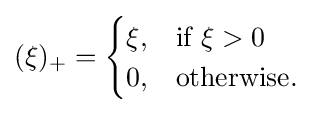
(\xi )_{+}={\begin{cases}\xi ,&{\mbox{if }}\xi >0\\0,&{\mbox{otherwise}}.\end{cases}}